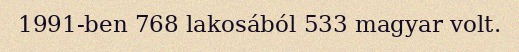
1991-ben 768 lakosából 533 magyar volt.